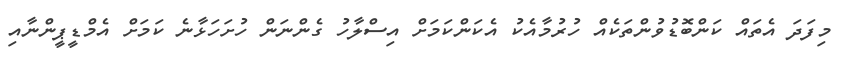
މިފަދަ އެތައް ކަންބޮޑުވުންތަކެއް ހުރުމާއެކު އެކަންކަމަށް އިސްލާހު ގެންނަން ހުށަހަޅާނެ ކަމަށް އެމްޑީޕީންނާއި